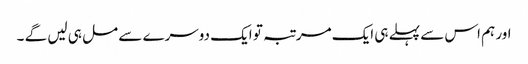
اور ہم اس سے پہلے ہی ایک مرتبہ تو ایک دوسرے سے مل ہی لیں گے ۔